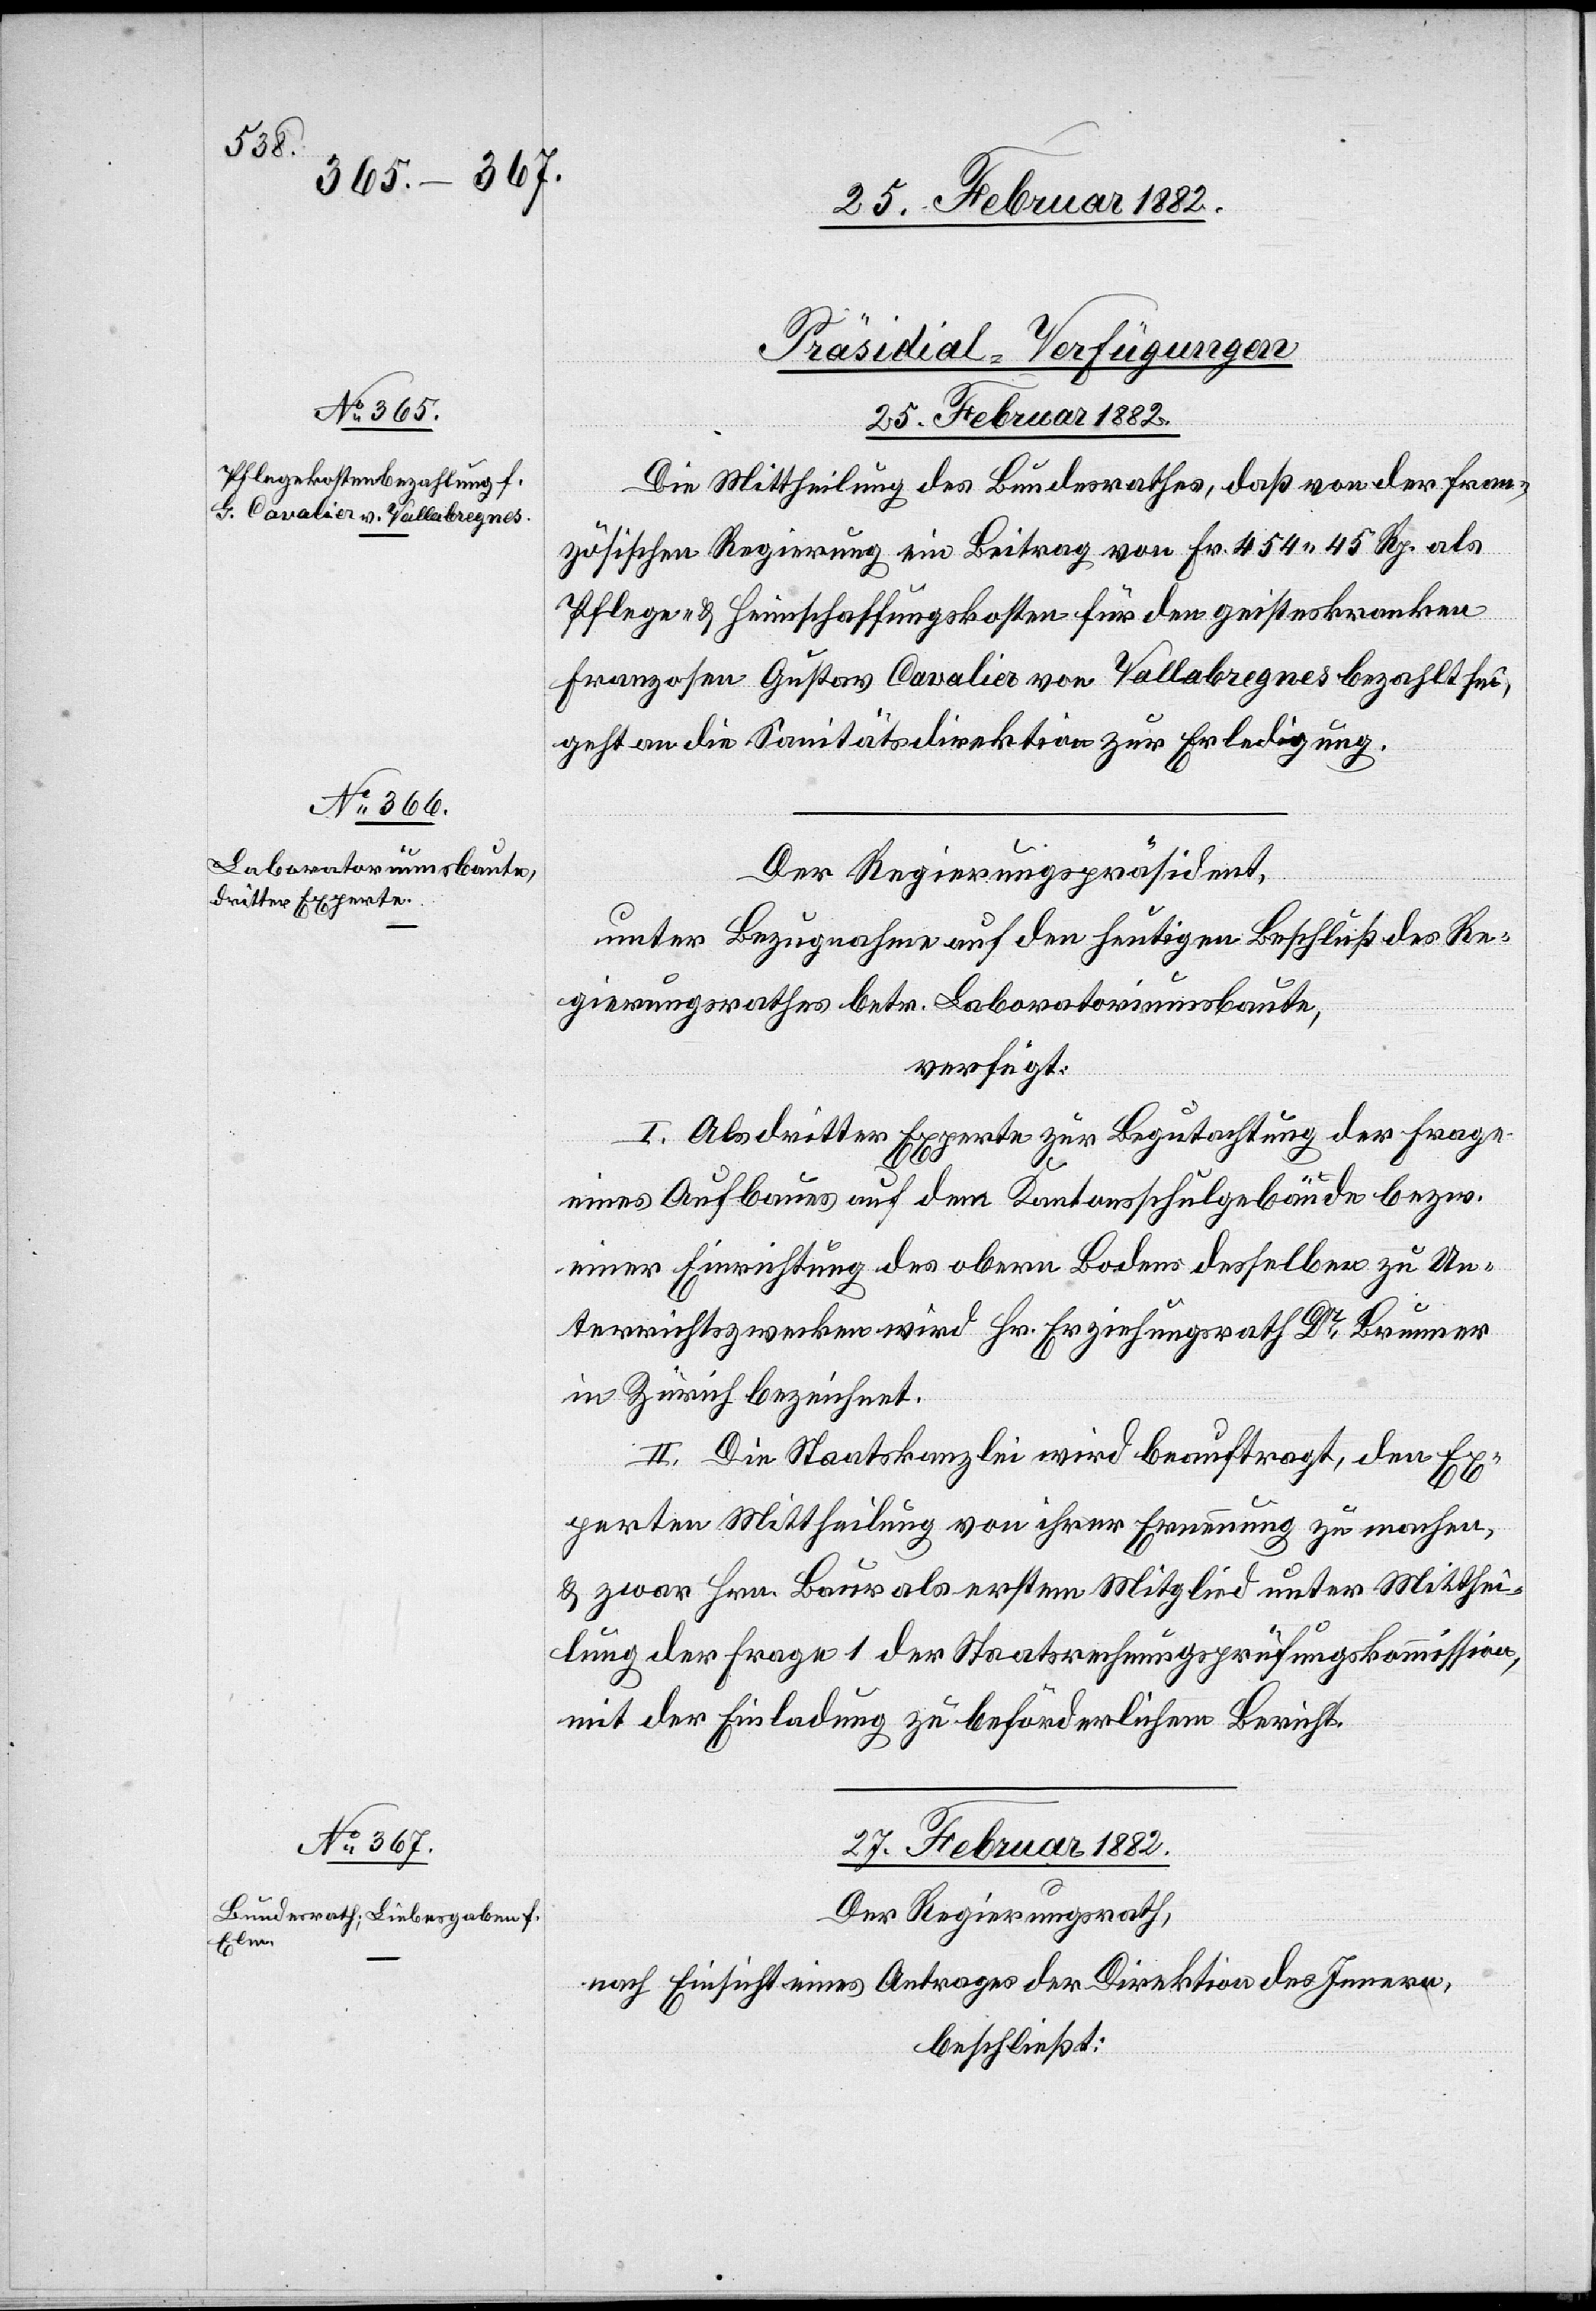
[Präsidial-Verfügungen]
25. Februar 1882.]
Die Mittheilung des Bundesrathes, daß von der fran¬
zösischen Regierung ein Beitrag von Fr. 454 45 Rp. als
dent,
Pflege & Heimschaffungskosten für den geisteskranken
Franzosen Gustav Cavalier von Vallabregnes bezahlt sei,
geht an die Sanitätsdirektion zur Erledigung.
unter Bezugnahme auf den heutigen Beschluß des Re¬
gierungsrathes betr. Laboratriumsbaute,
verfügt:
I. Als dritten Experten zur Begutachtung der Frage
eines Aufbaues auf dem Kantonsschulgebäude bezw.
einer Einrichtung des obern Bodens desselben zu Un¬
terrichtszwecken wird Hr. Erziehungsrath Dr Brunner
in Zürich bezeichnet.
II. Die Staatskanzlei wird beauftragt, den Ex¬
perten Mittheilung von ihrer Ernennung zu machen
& zwar Hrn. Baur als erstem Mitglied unter Mitthei¬
lung der Frage 1 der Staatsrechnungsprüfungskommission,
mit der Einladung zu beförderlichem Bericht.
27. Februar 1882.
Der Regierungsrath,
nach Einsicht eines Antrages der Direktion des Innern,
beschließt: